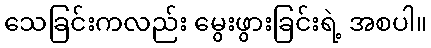
သေခြင်းကလည်း မွေးဖွားခြင်းရဲ့ အစပါ။